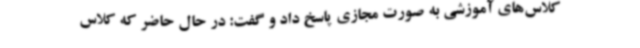
کلاس‌های آموزشی به صورت مجازی پاسخ داد و گفت: در حال حاضر که کلاس